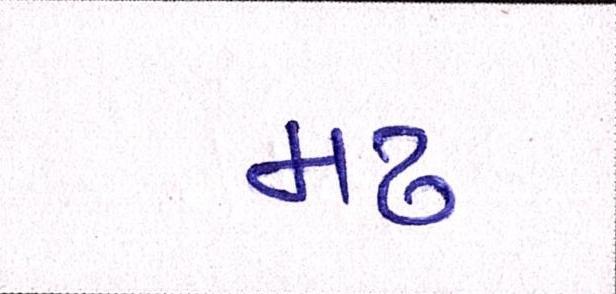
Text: મઢ